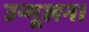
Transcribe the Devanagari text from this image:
उन्मूलन।